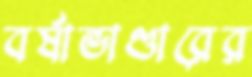
বর্ষাভাণ্ডারের